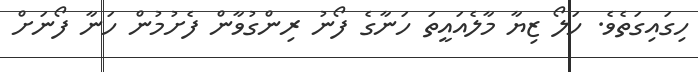
ހިގައިގަތެވެ. ހަލޯ ޒިޔާ މާލެއައީތަ ހަނާގެ ފޯނު ރިންގުވާން ފެށުމުން ހަނާ ފޯނަށް